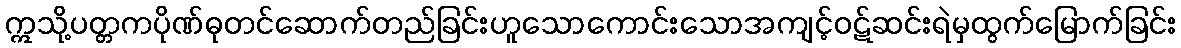
ဣသို့ပတ္တကပိုဏ်ဓုတင်ဆောက်တည်ခြင်းဟူသောကောင်းသောအကျင့်ဝဋ်ဆင်းရဲမှထွက်မြောက်ခြင်း